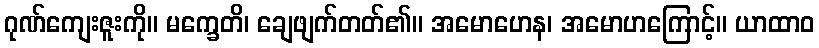
ဂုဏ်ကျေးဇူးကို။ မက္ခေတိ၊ ချေဖျက်တတ်၏။ အမောဟေန၊ အမောဟကြောင့်။ ယာထာဝ